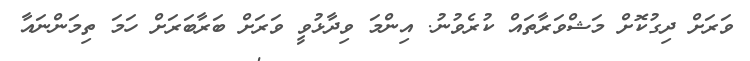
ވަރަށް ދިގުކޮށް މަޝްވަރާތައް ކުރެވުނު. އިންމަ ވިދާޅުވީ ވަރަށް ބަރާބަރަށް ހަމަ ތިމަންނައާ